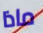
ماذا